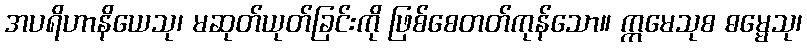
အပရိဟာနိယေသု၊ မဆုတ်ယုတ်ခြင်းကို ဖြစ်စေတတ်ကုန်သော။ ဣမေသုစ ဓမ္မေသု၊